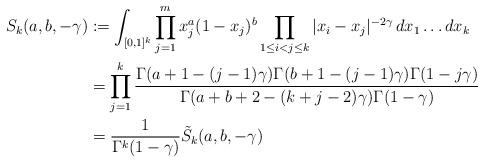
LaTeX: \begin{align*}S_{k}(a,b,-\gamma) &:= \int_{[0,1]^{k}}\prod_{j=1}^{m}x_{j}^{a}(1-x_{j})^{b}\prod_{1 \leq i < j \leq k}|x_{i}-x_{j}|^{-2\gamma}\,dx_{1}\ldots dx_{k}\\&= \prod_{j=1}^{k}\frac{\Gamma(a+1-(j-1)\gamma)\Gamma(b+1-(j-1)\gamma)\Gamma(1-j\gamma)}{\Gamma(a+b+2-(k+j-2)\gamma)\Gamma(1-\gamma)}\\&=\frac{1}{\Gamma^{k}(1-\gamma)}\tilde{S}_{k}(a,b,-\gamma)\end{align*}